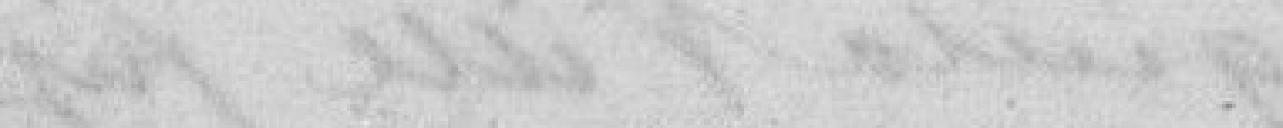
A la faveur d'un arrêté, le sieur Jobert, part du